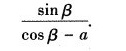
\frac { \sin \beta } { \cos \beta - a }$$.